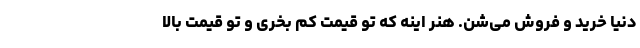
دنیا خرید و فروش می­شن. هنر اینه که تو قیمت کم بخری و تو قیمت بالا